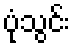
ပုံသွင်း